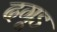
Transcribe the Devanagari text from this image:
दगूड